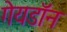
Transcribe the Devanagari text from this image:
गेयडॉन